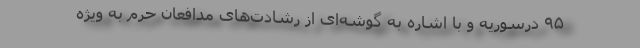
۹۵ درسوریه و با اشاره به گوشه‌ای از رشادت‌های مدافعان حرم به ویژه